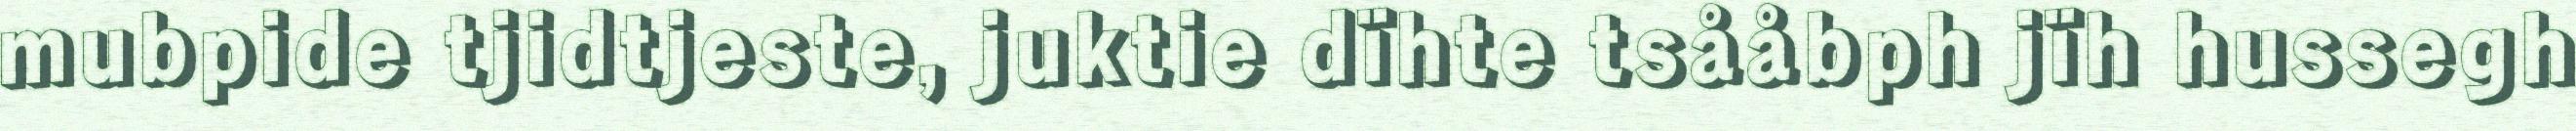
mubpide tjidtjeste, juktie dïhte tsååbph jïh hussegh